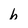
Character: b